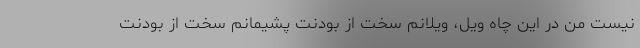
نیست من در این چاهِ ویل، ویلانم سخت از بودنت پشیمانم سخت از بودنت